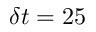
\delta t = 2 5